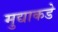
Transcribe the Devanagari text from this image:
मुद्याकडे